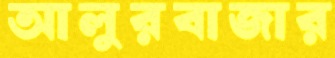
আলুরবাজার